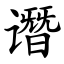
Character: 谮